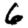
Digit: 6